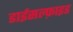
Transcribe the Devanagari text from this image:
डाईसल्फ़ाइड